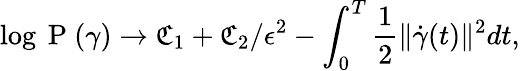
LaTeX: \log\mathrm{~P~}(\gamma)\rightarrow\mathfrak{C}_{1}+\mathfrak{C}_{2}/\epsilon^{2}-\int_{0}^{T}\frac{1}{2}\| \dot{\gamma}(t)\| ^{2}dt,